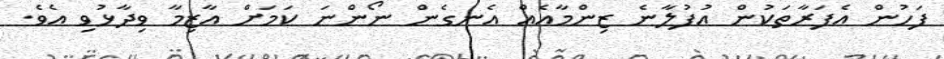
ފަހުން އެފަރާތަކުން އުފުލާނެ ޒިންމާއެއް އެނގެން ނޯންނަ ކަމަށް އާޒިމާ ވިދާޅުވި އެވެ.